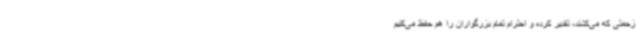
زحمتی که می‌کشند، تقدیر کرده و احترام تمام بزرگواران را هم حفظ می‌کنیم